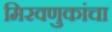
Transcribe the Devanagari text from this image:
मिरवणुकांचा